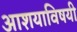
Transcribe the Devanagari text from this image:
आशयाविषयी